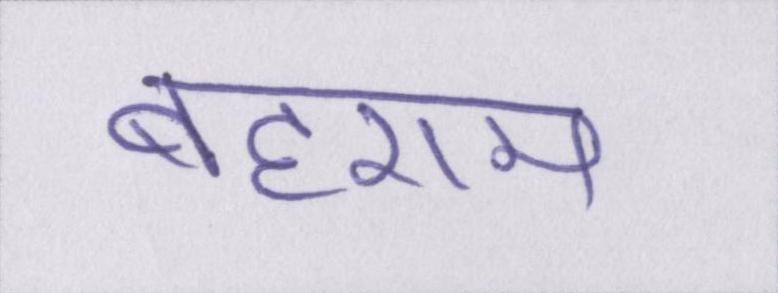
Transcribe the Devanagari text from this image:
बहराम